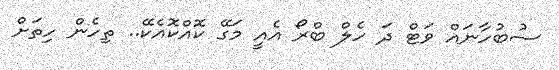
ސުބުހާނައް ވަޓް ދަ ހެލް ބްރޯ އެއީ މަގޭ ކޮއްކޮއެކޭ.. ތިހެން ހިތަށް